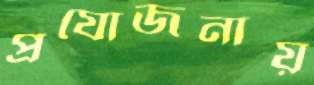
প্রযোজনায়